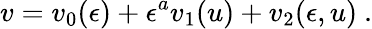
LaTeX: v=v_{0}(\epsilon)+\epsilon^{a}v_{1}(u)+v_{2}(\epsilon,u)\ .